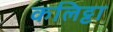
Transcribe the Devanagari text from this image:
कलिट्टा